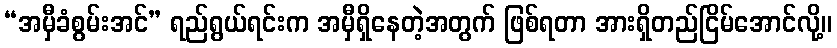
“အမှီခံစွမ်းအင်” ရည်ရွယ်ရင်းက အမှီရှိနေတဲ့အတွက် ဖြစ်ရတာ အားရှိတည်ငြိမ်အောင်လို့။